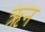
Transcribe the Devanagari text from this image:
ऋन